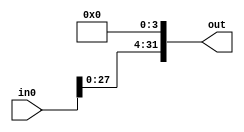
module leftLogicalShiftFour(in0, out);
	
	input [31:0] in0;
	output [31:0] out;
	
	assign out[0] = 1'b0;
	assign out[1] = 1'b0;
	assign out[2] = 1'b0;
	assign out[3] = 1'b0;
	assign out[4] = in0[0];
	assign out[5] = in0[1];
	assign out[6] = in0[2];
	assign out[7] = in0[3];
	assign out[8] = in0[4];
	assign out[9] = in0[5];
	assign out[10] = in0[6];
	assign out[11] = in0[7];
	assign out[12] = in0[8];
	assign out[13] = in0[9];
	assign out[14] = in0[10];
	assign out[15] = in0[11];
	assign out[16] = in0[12];
	assign out[17] = in0[13];
	assign out[18] = in0[14];
	assign out[19] = in0[15];
	assign out[20] = in0[16];
	assign out[21] = in0[17];
	assign out[22] = in0[18];
	assign out[23] = in0[19];
	assign out[24] = in0[20];
	assign out[25] = in0[21];
	assign out[26] = in0[22];
	assign out[27] = in0[23];
	assign out[28] = in0[24];
	assign out[29] = in0[25];
	assign out[30] = in0[26];
	assign out[31] = in0[27];
	
	/*
	wire temp_0_a, temp_0_b, temp_0_c;
	mux_2_onebit(ctrl_shiftamt[0], in0[0], 1'b0, temp_0_a);
	mux_2_onebit(ctrl_shiftamt[1], temp_0_a, 1'b0, temp_0_b);
	mux_2_onebit(ctrl_shiftamt[2], temp_0_b, 1'b0, temp_0_c);
	mux_2_onebit(ctrl_shiftamt[3], temp_0_c, 1'b0, out[0]);
	
	wire temp_1_a, temp_1_b, temp_1_c;
	mux_2_onebit(ctrl_shiftamt[0], in0[1], in0[0], temp_1_a);
	mux_2_onebit(ctrl_shiftamt[1], temp_1_a, 1'b0, temp_1_b);
	mux_2_onebit(ctrl_shiftamt[2], temp_1_b, 1'b0, temp_1_c);
	mux_2_onebit(ctrl_shiftamt[3], temp_1_c, 1'b0, out[1]);
	
	wire temp_2_a, temp_2_b, temp_2_c;
	mux_2_onebit(ctrl_shiftamt[0], in0[2], in0[1], temp_2_a);
	mux_2_onebit(ctrl_shiftamt[1], temp_2_a, in0[0], temp_2_b);
	mux_2_onebit(ctrl_shiftamt[2], temp_2_b, 1'b0, temp_2_c);
	mux_2_onebit(ctrl_shiftamt[3], temp_2_c, 1'b0, out[2]);
	
	wire temp_3_a, temp_3_b, temp_3_c;
	mux_2_onebit(ctrl_shiftamt[0], in0[3], in0[2], temp_3_a);
	mux_2_onebit(ctrl_shiftamt[1], temp_3_a, in0[1], temp_3_b);
	mux_2_onebit(ctrl_shiftamt[2], temp_3_b, in0[0], temp_3_c);
	mux_2_onebit(ctrl_shiftamt[3], temp_3_c, 1'b0, out[3]);
	
	wire temp_4_a, temp_4_b, temp_4_c;
	mux_2_onebit(ctrl_shiftamt[0], in0[4], in0[3], temp_4_a);
	mux_2_onebit(ctrl_shiftamt[1], temp_4_a, in0[2], temp_4_b);
	mux_2_onebit(ctrl_shiftamt[2], temp_4_b, in0[1], temp_4_c);
	mux_2_onebit(ctrl_shiftamt[3], temp_4_c, in0[0], out[4]);


	wire temp_5_a, temp_5_b, temp_5_c;
	mux_2_onebit(ctrl_shiftamt[0], in0[5], in0[4], temp_5_a);
	mux_2_onebit(ctrl_shiftamt[1], temp_5_a, in0[3], temp_5_b);
	mux_2_onebit(ctrl_shiftamt[2], temp_5_b, in0[2], temp_5_c);
	mux_2_onebit(ctrl_shiftamt[3], temp_5_c, in0[1], out[5]);


	wire temp_6_a, temp_6_b, temp_6_c;
	mux_2_onebit(ctrl_shiftamt[0], in0[6], in0[5], temp_6_a);
	mux_2_onebit(ctrl_shiftamt[1], temp_6_a, in0[4], temp_6_b);
	mux_2_onebit(ctrl_shiftamt[2], temp_6_b, in0[3], temp_6_c);
	mux_2_onebit(ctrl_shiftamt[3], temp_6_c, in0[2], out[6]);


	wire temp_7_a, temp_7_b, temp_7_c;
	mux_2_onebit(ctrl_shiftamt[0], in0[7], in0[6], temp_7_a);
	mux_2_onebit(ctrl_shiftamt[1], temp_7_a, in0[5], temp_7_b);
	mux_2_onebit(ctrl_shiftamt[2], temp_7_b, in0[4], temp_7_c);
	mux_2_onebit(ctrl_shiftamt[3], temp_7_c, in0[3], out[7]);


	wire temp_8_a, temp_8_b, temp_8_c;
	mux_2_onebit(ctrl_shiftamt[0], in0[8], in0[7], temp_8_a);
	mux_2_onebit(ctrl_shiftamt[1], temp_8_a, in0[6], temp_8_b);
	mux_2_onebit(ctrl_shiftamt[2], temp_8_b, in0[5], temp_8_c);
	mux_2_onebit(ctrl_shiftamt[3], temp_8_c, in0[4], out[8]);


	wire temp_9_a, temp_9_b, temp_9_c;
	mux_2_onebit(ctrl_shiftamt[0], in0[9], in0[8], temp_9_a);
	mux_2_onebit(ctrl_shiftamt[1], temp_9_a, in0[7], temp_9_b);
	mux_2_onebit(ctrl_shiftamt[2], temp_9_b, in0[6], temp_9_c);
	mux_2_onebit(ctrl_shiftamt[3], temp_9_c, in0[5], out[9]);


	wire temp_10_a, temp_10_b, temp_10_c;
	mux_2_onebit(ctrl_shiftamt[0], in0[10], in0[9], temp_10_a);
	mux_2_onebit(ctrl_shiftamt[1], temp_10_a, in0[8], temp_10_b);
	mux_2_onebit(ctrl_shiftamt[2], temp_10_b, in0[7], temp_10_c);
	mux_2_onebit(ctrl_shiftamt[3], temp_10_c, in0[6], out[10]);


	wire temp_11_a, temp_11_b, temp_11_c;
	mux_2_onebit(ctrl_shiftamt[0], in0[11], in0[10], temp_11_a);
	mux_2_onebit(ctrl_shiftamt[1], temp_11_a, in0[9], temp_11_b);
	mux_2_onebit(ctrl_shiftamt[2], temp_11_b, in0[8], temp_11_c);
	mux_2_onebit(ctrl_shiftamt[3], temp_11_c, in0[7], out[11]);


	wire temp_12_a, temp_12_b, temp_12_c;
	mux_2_onebit(ctrl_shiftamt[0], in0[12], in0[11], temp_12_a);
	mux_2_onebit(ctrl_shiftamt[1], temp_12_a, in0[10], temp_12_b);
	mux_2_onebit(ctrl_shiftamt[2], temp_12_b, in0[9], temp_12_c);
	mux_2_onebit(ctrl_shiftamt[3], temp_12_c, in0[8], out[12]);


	wire temp_13_a, temp_13_b, temp_13_c;
	mux_2_onebit(ctrl_shiftamt[0], in0[13], in0[12], temp_13_a);
	mux_2_onebit(ctrl_shiftamt[1], temp_13_a, in0[11], temp_13_b);
	mux_2_onebit(ctrl_shiftamt[2], temp_13_b, in0[10], temp_13_c);
	mux_2_onebit(ctrl_shiftamt[3], temp_13_c, in0[9], out[13]);


	wire temp_14_a, temp_14_b, temp_14_c;
	mux_2_onebit(ctrl_shiftamt[0], in0[14], in0[13], temp_14_a);
	mux_2_onebit(ctrl_shiftamt[1], temp_14_a, in0[12], temp_14_b);
	mux_2_onebit(ctrl_shiftamt[2], temp_14_b, in0[11], temp_14_c);
	mux_2_onebit(ctrl_shiftamt[3], temp_14_c, in0[10], out[14]);


	wire temp_15_a, temp_15_b, temp_15_c;
	mux_2_onebit(ctrl_shiftamt[0], in0[15], in0[14], temp_15_a);
	mux_2_onebit(ctrl_shiftamt[1], temp_15_a, in0[13], temp_15_b);
	mux_2_onebit(ctrl_shiftamt[2], temp_15_b, in0[12], temp_15_c);
	mux_2_onebit(ctrl_shiftamt[3], temp_15_c, in0[11], out[15]);


	wire temp_16_a, temp_16_b, temp_16_c;
	mux_2_onebit(ctrl_shiftamt[0], in0[16], in0[15], temp_16_a);
	mux_2_onebit(ctrl_shiftamt[1], temp_16_a, in0[14], temp_16_b);
	mux_2_onebit(ctrl_shiftamt[2], temp_16_b, in0[13], temp_16_c);
	mux_2_onebit(ctrl_shiftamt[3], temp_16_c, in0[12], out[16]);


	wire temp_17_a, temp_17_b, temp_17_c;
	mux_2_onebit(ctrl_shiftamt[0], in0[17], in0[16], temp_17_a);
	mux_2_onebit(ctrl_shiftamt[1], temp_17_a, in0[15], temp_17_b);
	mux_2_onebit(ctrl_shiftamt[2], temp_17_b, in0[14], temp_17_c);
	mux_2_onebit(ctrl_shiftamt[3], temp_17_c, in0[13], out[17]);


	wire temp_18_a, temp_18_b, temp_18_c;
	mux_2_onebit(ctrl_shiftamt[0], in0[18], in0[17], temp_18_a);
	mux_2_onebit(ctrl_shiftamt[1], temp_18_a, in0[16], temp_18_b);
	mux_2_onebit(ctrl_shiftamt[2], temp_18_b, in0[15], temp_18_c);
	mux_2_onebit(ctrl_shiftamt[3], temp_18_c, in0[14], out[18]);


	wire temp_19_a, temp_19_b, temp_19_c;
	mux_2_onebit(ctrl_shiftamt[0], in0[19], in0[18], temp_19_a);
	mux_2_onebit(ctrl_shiftamt[1], temp_19_a, in0[17], temp_19_b);
	mux_2_onebit(ctrl_shiftamt[2], temp_19_b, in0[16], temp_19_c);
	mux_2_onebit(ctrl_shiftamt[3], temp_19_c, in0[15], out[19]);


	wire temp_20_a, temp_20_b, temp_20_c;
	mux_2_onebit(ctrl_shiftamt[0], in0[20], in0[19], temp_20_a);
	mux_2_onebit(ctrl_shiftamt[1], temp_20_a, in0[18], temp_20_b);
	mux_2_onebit(ctrl_shiftamt[2], temp_20_b, in0[17], temp_20_c);
	mux_2_onebit(ctrl_shiftamt[3], temp_20_c, in0[16], out[20]);


	wire temp_21_a, temp_21_b, temp_21_c;
	mux_2_onebit(ctrl_shiftamt[0], in0[21], in0[20], temp_21_a);
	mux_2_onebit(ctrl_shiftamt[1], temp_21_a, in0[19], temp_21_b);
	mux_2_onebit(ctrl_shiftamt[2], temp_21_b, in0[18], temp_21_c);
	mux_2_onebit(ctrl_shiftamt[3], temp_21_c, in0[17], out[21]);


	wire temp_22_a, temp_22_b, temp_22_c;
	mux_2_onebit(ctrl_shiftamt[0], in0[22], in0[21], temp_22_a);
	mux_2_onebit(ctrl_shiftamt[1], temp_22_a, in0[20], temp_22_b);
	mux_2_onebit(ctrl_shiftamt[2], temp_22_b, in0[19], temp_22_c);
	mux_2_onebit(ctrl_shiftamt[3], temp_22_c, in0[18], out[22]);


	wire temp_23_a, temp_23_b, temp_23_c;
	mux_2_onebit(ctrl_shiftamt[0], in0[23], in0[22], temp_23_a);
	mux_2_onebit(ctrl_shiftamt[1], temp_23_a, in0[21], temp_23_b);
	mux_2_onebit(ctrl_shiftamt[2], temp_23_b, in0[20], temp_23_c);
	mux_2_onebit(ctrl_shiftamt[3], temp_23_c, in0[19], out[23]);


	wire temp_24_a, temp_24_b, temp_24_c;
	mux_2_onebit(ctrl_shiftamt[0], in0[24], in0[23], temp_24_a);
	mux_2_onebit(ctrl_shiftamt[1], temp_24_a, in0[22], temp_24_b);
	mux_2_onebit(ctrl_shiftamt[2], temp_24_b, in0[21], temp_24_c);
	mux_2_onebit(ctrl_shiftamt[3], temp_24_c, in0[20], out[24]);


	wire temp_25_a, temp_25_b, temp_25_c;
	mux_2_onebit(ctrl_shiftamt[0], in0[25], in0[24], temp_25_a);
	mux_2_onebit(ctrl_shiftamt[1], temp_25_a, in0[23], temp_25_b);
	mux_2_onebit(ctrl_shiftamt[2], temp_25_b, in0[22], temp_25_c);
	mux_2_onebit(ctrl_shiftamt[3], temp_25_c, in0[21], out[25]);


	wire temp_26_a, temp_26_b, temp_26_c;
	mux_2_onebit(ctrl_shiftamt[0], in0[26], in0[25], temp_26_a);
	mux_2_onebit(ctrl_shiftamt[1], temp_26_a, in0[24], temp_26_b);
	mux_2_onebit(ctrl_shiftamt[2], temp_26_b, in0[23], temp_26_c);
	mux_2_onebit(ctrl_shiftamt[3], temp_26_c, in0[22], out[26]);


	wire temp_27_a, temp_27_b, temp_27_c;
	mux_2_onebit(ctrl_shiftamt[0], in0[27], in0[26], temp_27_a);
	mux_2_onebit(ctrl_shiftamt[1], temp_27_a, in0[25], temp_27_b);
	mux_2_onebit(ctrl_shiftamt[2], temp_27_b, in0[24], temp_27_c);
	mux_2_onebit(ctrl_shiftamt[3], temp_27_c, in0[23], out[27]);


	wire temp_28_a, temp_28_b, temp_28_c;
	mux_2_onebit(ctrl_shiftamt[0], in0[28], in0[27], temp_28_a);
	mux_2_onebit(ctrl_shiftamt[1], temp_28_a, in0[26], temp_28_b);
	mux_2_onebit(ctrl_shiftamt[2], temp_28_b, in0[25], temp_28_c);
	mux_2_onebit(ctrl_shiftamt[3], temp_28_c, in0[24], out[28]);


	wire temp_29_a, temp_29_b, temp_29_c;
	mux_2_onebit(ctrl_shiftamt[0], in0[29], in0[28], temp_29_a);
	mux_2_onebit(ctrl_shiftamt[1], temp_29_a, in0[27], temp_29_b);
	mux_2_onebit(ctrl_shiftamt[2], temp_29_b, in0[26], temp_29_c);
	mux_2_onebit(ctrl_shiftamt[3], temp_29_c, in0[25], out[29]);


	wire temp_30_a, temp_30_b, temp_30_c;
	mux_2_onebit(ctrl_shiftamt[0], in0[30], in0[29], temp_30_a);
	mux_2_onebit(ctrl_shiftamt[1], temp_30_a, in0[28], temp_30_b);
	mux_2_onebit(ctrl_shiftamt[2], temp_30_b, in0[27], temp_30_c);
	mux_2_onebit(ctrl_shiftamt[3], temp_30_c, in0[26], out[30]);


	wire temp_31_a, temp_31_b, temp_31_c;
	mux_2_onebit(ctrl_shiftamt[0], in0[31], in0[30], temp_31_a);
	mux_2_onebit(ctrl_shiftamt[1], temp_31_a, in0[29], temp_31_b);
	mux_2_onebit(ctrl_shiftamt[2], temp_31_b, in0[28], temp_31_c);
	mux_2_onebit(ctrl_shiftamt[3], temp_31_c, in0[27], out[31]);
	*/

endmodule